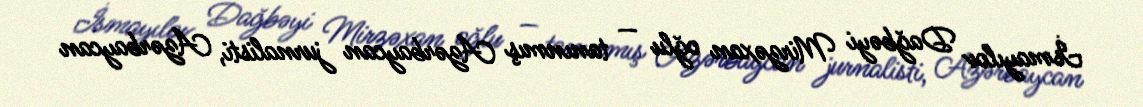
İsmayılov Dağbəyi Mirzəxan oğlu — tanınmış Azərbaycan jurnalisti, Azərbaycan